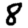
Digit: 8